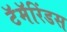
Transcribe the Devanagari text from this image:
टॅमॅरिंडस